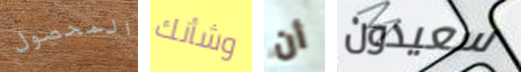
المحصول وشأنك أن سعيدون